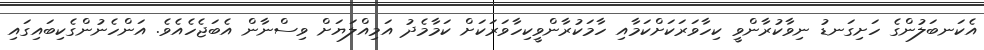
އެކަނބަލުންގެ ހަށިގަނޑު ނިވާކުރާންވީ ކިހާވަރަކަށްކަމާއި ހާމަކުރާންވީކިހާވަރަކަށް ކަމާމެދު އަމިއްލަޔަށް ވިސްނާން އެބަޖެހެއެވެ. އަންހެނުންގެކިބައިގައި